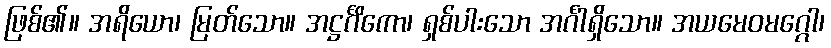
ဖြစ်၏။ အရိယော၊ မြတ်သော။ အဋ္ဌင်္ဂိကော၊ ရှစ်ပါးသော အင်္ဂါရှိသော။ အယမေဝမဂ္ဂေါ၊